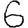
Digit: 6